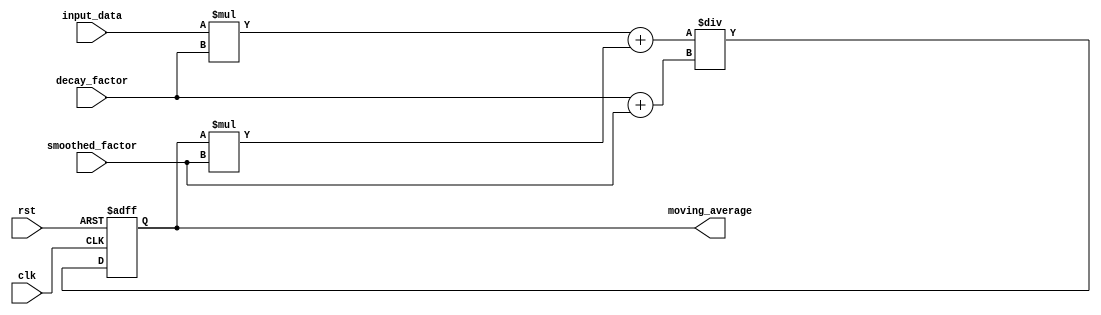
module EMA_accumulator (
    input wire clk,
    input wire rst,
    input wire [31:0] input_data,
    input wire [31:0] decay_factor,
    input wire [31:0] smoothed_factor,
    output wire [31:0] moving_average
);

reg [31:0] accumulator;

always @(posedge clk or posedge rst) begin
    if (rst) begin
        accumulator <= 32'h0;
    end else begin
        accumulator <= (input_data * decay_factor + accumulator * smoothed_factor) / (decay_factor + smoothed_factor);
    end
end

assign moving_average = accumulator;

endmodule